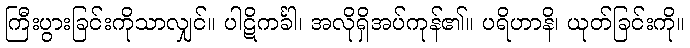
ကြီးပွားခြင်းကိုသာလျှင်။ ပါဋိကင်္ခါ၊ အလိုရှိအပ်ကုန်၏။ ပရိဟာနိ၊ ယုတ်ခြင်းကို။